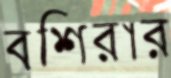
বশিরার